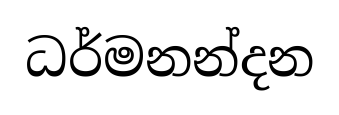
ධර්මනන්දන